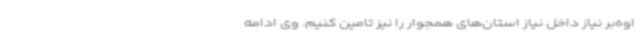
اوه‌بر نیاز داخل نیاز استان‌های همجوار را نیز تامین کنیم. وی ادامه